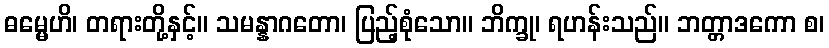
ဓမ္မေဟိ၊ တရားတို့နှင့်။ သမန္နာဂတော၊ ပြည့်စုံသော။ ဘိက္ခု၊ ရဟန်းသည်။ ဘတ္တာဒကော စ၊